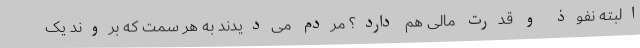
البته نفوذ و قدرت مالی هم دارد؟ مردم می‌دیدند به هر سمت که بروند یک